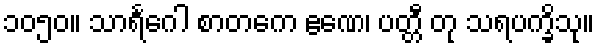
၁၀၅၀။ သာရင်္ဂေါ စာတကေ ဧဏေ၊ ပတ္တီ တု သရပက္ခိသု။